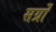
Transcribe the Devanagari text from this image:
सर्ग्रों